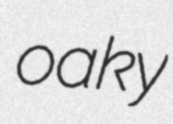
oaky